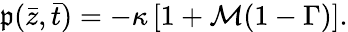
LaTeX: \mathfrak{p}(\bar{{z}},\bar{{t}})=-\kappa\left[1+\mathcal{{M}}(1-\Gamma)\right].